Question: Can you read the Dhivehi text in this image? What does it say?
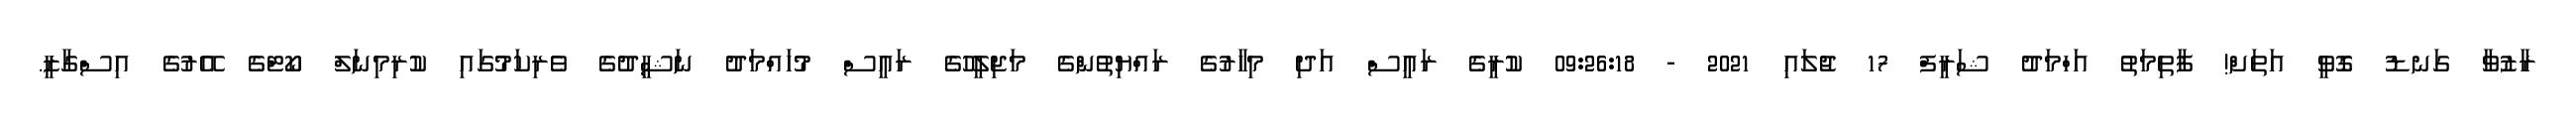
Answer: ރާޒުވާ ގަނޑު ގޮވީ އަތަށް! ފާތިމަތު އަހްމަދު ޝަރީފް 17 ޖުލައި 2021 - 09:26:18 ކުރީގެ ރައީސް އަދި މިހާރުގެ ރައްޔިތުންގެ މަޖިލީހުގެ ރައީސް މުހައްމަދު ނަޝީދުގެ ވެރިކަމުގައި ކުރިމިނަލް ކޯޓްގެ އޭރުގެ އިސްގާޒީ.